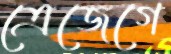
ত্রেজেগে